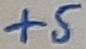
Text: +5